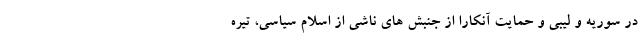
در سوریه و لیبی و حمایت آنکارا از جنبش های ناشی از اسلام سیاسی، تیره